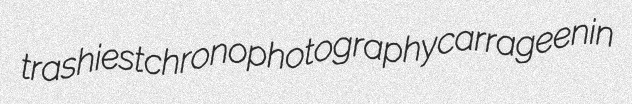
trashiest chronophotography carrageenin